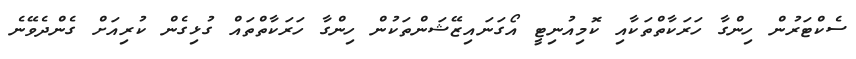
ސެކްޓަރުން ހިންގާ ހަރަކާތްތަކާއި ކޮމިއުނިޓީ އޯގަނައިޒޭޝަންތަކުން ހިންގާ ހަރަކާތްތައް ގުޅިގެން ކުރިއަށް ގެންދެވޭނެ